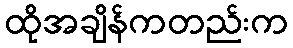
ထိုအချိန်ကတည်းက